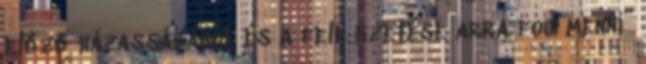
előző házasságából, és a fele ﬁzetése arra fog menni”